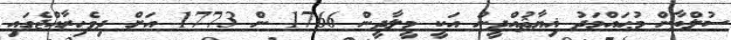
ސުލްޠާން މުޙައްމަދު ޣިޔާޘުއްދީނު އަކީ މީލާދީން 1766 ން 1773 އަށް ދިވެހިރާއްޖެގައި